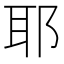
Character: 耶